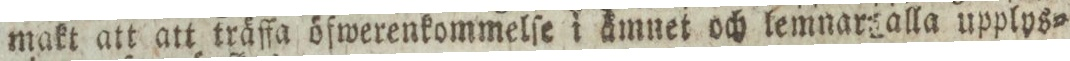
makt att att träffa öfwerenkommelſe i ämnet och lemnar alla upplys=